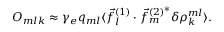
O _ { m l k } \approx \gamma _ { e } q _ { m l } \langle \vec { f } _ { l } ^ { ( 1 ) } \cdot \vec { f } _ { m } ^ { ( 2 ) ^ { * } } \delta \rho _ { k } ^ { m l } \rangle .